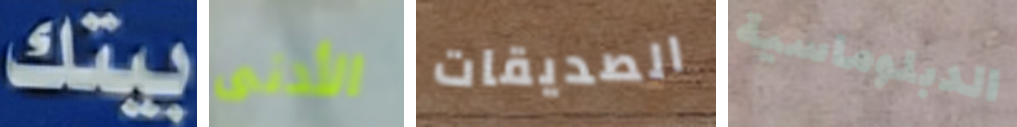
بيتك الأدنى الصديقات الدبلوماسية